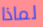
لماذا